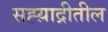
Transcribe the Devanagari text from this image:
सह्य़ाद्रीतील